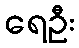
ရေဦး